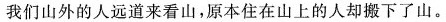
我们山外的人远道来看山，原本住在山上的人却搬下了山。